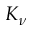
K _ { \nu }